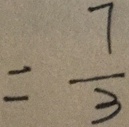
= \frac { 7 } { 3 }